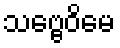
သဗ္ဗေဝိမေ